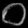
Digit: ၀